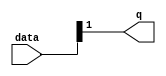
module  acl_fp_sitofp_double_altpriority_encoder_3v7
	( 
	data,
	q) ;
	input   [1:0]  data;
	output   [0:0]  q;
	assign
		q = {data[1]};
endmodule